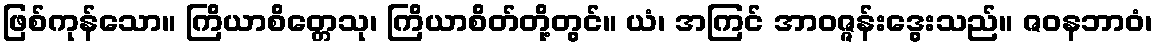
ဖြစ်ကုန်သော။ ကြိယာစိတ္တေသု၊ ကြိယာစိတ်တို့တွင်။ ယံ၊ အကြင် အာဝဇ္ဇန်းဒွေးသည်။ ဇဝနဘာဝံ၊